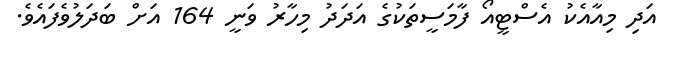
އަދި މިއާއެކު އެސްޓީއޯ ފާމަސީތަކުގެ އަދަދު މިހާރު ވަނީ 164 އަށް ބަދަލުވެފައެވެ.